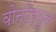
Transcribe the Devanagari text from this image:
वोन्देर्फुल